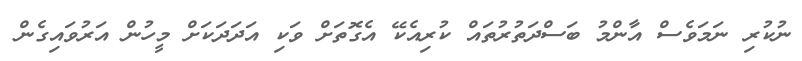
ނުކުރި ނަމަވެސް އާންމު ބަސްދަތުރުތައް ކުރިއެކޭ އެގޮތަށް ވަކި އަދަދަކަށް މީހުން އަރުވައިގެން